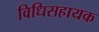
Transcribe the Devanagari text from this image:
विधिसहायक